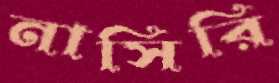
নাসিরি